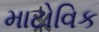
માટોવિક